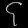
Digit: ၄